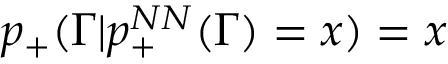
p _ { + } ( \Gamma | p _ { + } ^ { N N } ( \Gamma ) = x ) = x